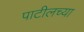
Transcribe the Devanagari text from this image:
पाटीलच्या